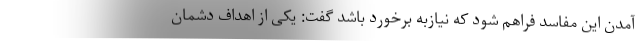
آمدن این مفاسد فراهم شود که نیازبه برخورد باشد گفت: یکی از اهداف دشمان